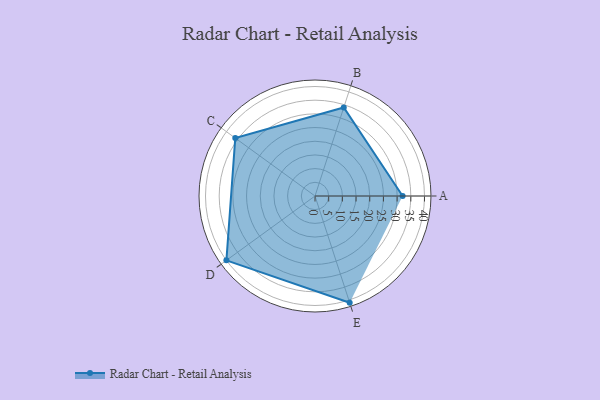
{"axis": {"x": "Skill", "y": "Score"}, "legend": ["Profile"], "data": [{"x": "A", "y": 32.0, "type": "Profile"}, {"x": "B", "y": 34.0, "type": "Profile"}, {"x": "C", "y": 36.0, "type": "Profile"}, {"x": "D", "y": 40.0, "type": "Profile"}, {"x": "E", "y": 41.0, "type": "Profile"}]}